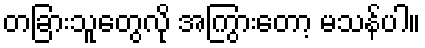
တခြားသူတွေလို အကြွားတော့ မသန်ပါ။